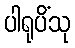
ပါရုပိံသု